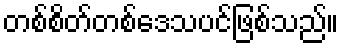
တစ်စိတ်တစ်ဒေသပင်ဖြစ်သည်။